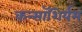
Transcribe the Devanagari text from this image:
कन्सॉशिर्यम